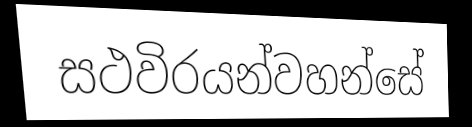
සථවිරයන්වහන්සේ